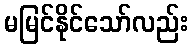
မမြင်နိုင်သော်လည်း